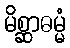
မိစ္ဆာဓမ္မံ